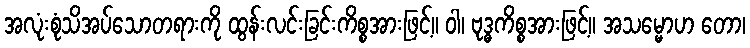
အလုံးစုံသိအပ်သောတရားကို ထွန်းလင်းခြင်းကိစ္စအားဖြင့်။ ဝါ၊ ဗုဒ္ဓကိစ္စအားဖြင့်။ အသမ္မောဟ တော၊